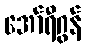
အော်ရီဂွန်